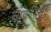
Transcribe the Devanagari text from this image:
व्यकतियों